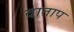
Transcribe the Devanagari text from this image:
वाताप